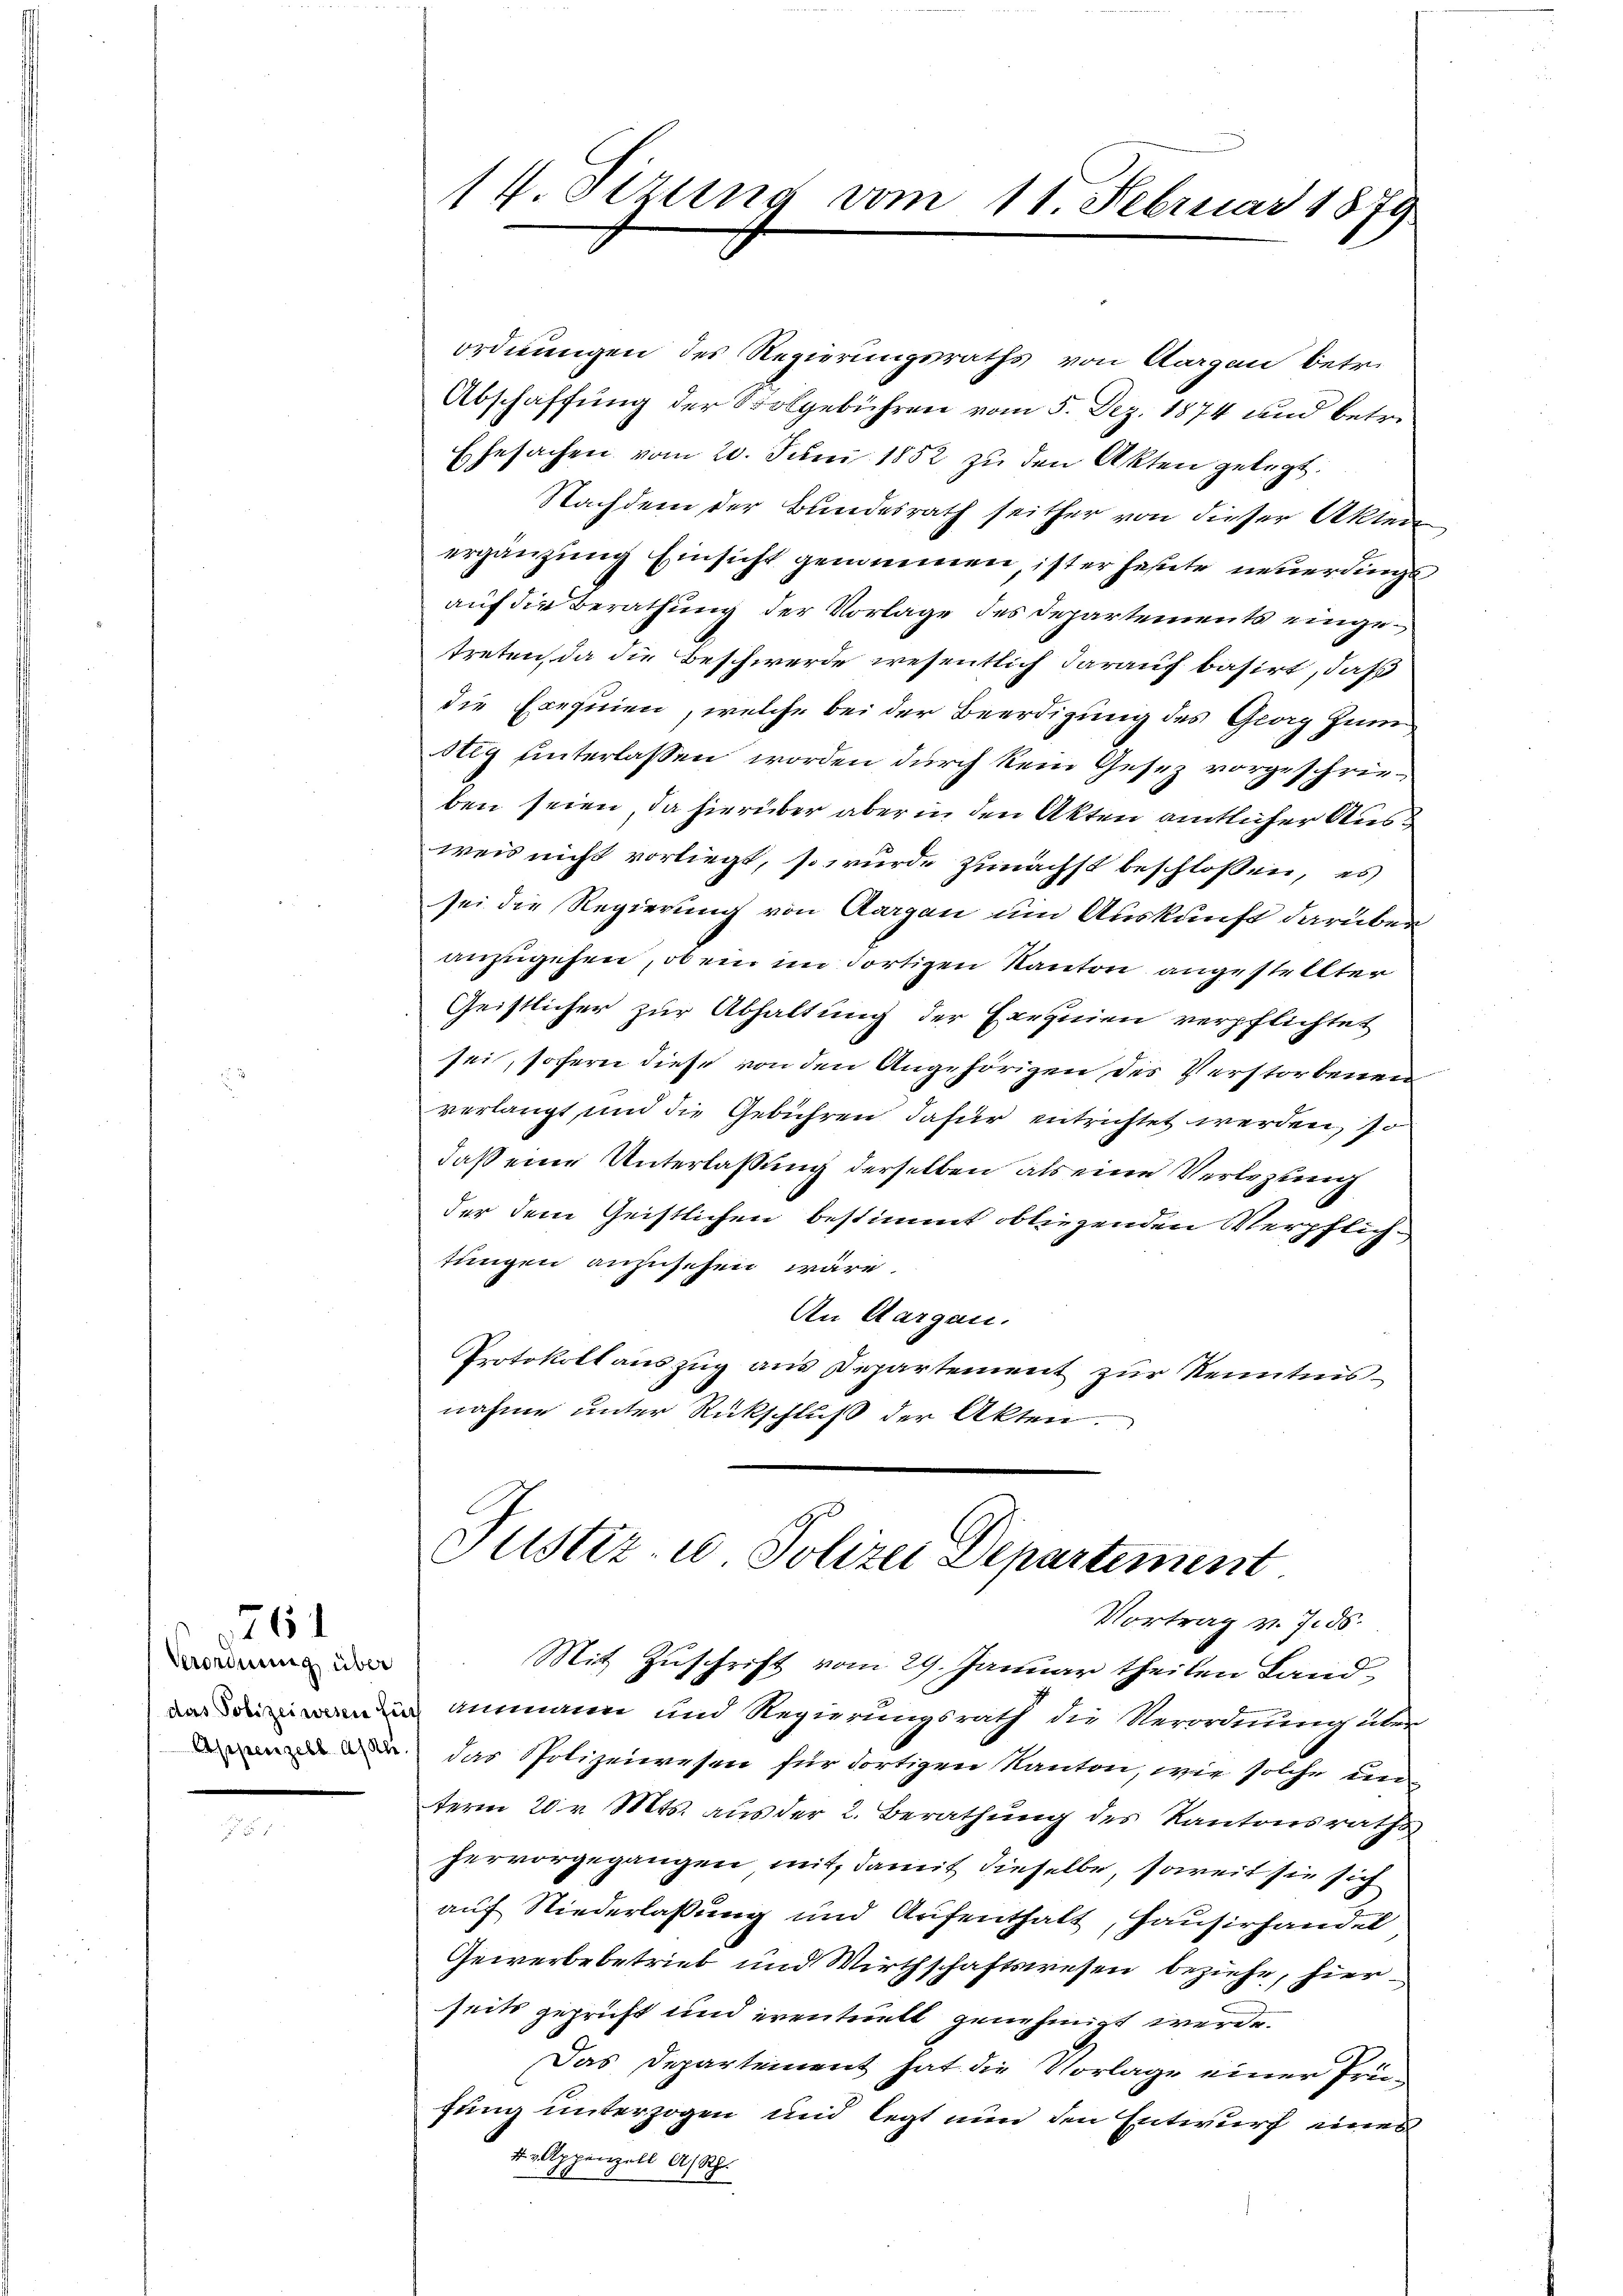
Verordnung über
das Polizeiwesen für
Appenzell A/Rhe

76

14. Sizung vom 11. Februar 1879

ordnungen des Regierungsraths von Aargau betr.
Abschaffung der Solgebühren vom 5. Dez. 1874 und betr.
Ehesachen vom 20. Juni 1852 zu den Akten gelegt.
Nachdem der Bundesrath seither von dieser Akten
ergänzung Einsicht genommen, ist er heute neuerdingt
auf die Berathung der Vorlage des Departements eingetreten, da die Beschwerde wesentlich darauf basirt, daß
die Exequien, welche bei der Beerdigung des Georg zum
Steg unterlassen worden durch kein Gesez vorgeschrieben seien, da hierüber aber in den Akten amtlicher Ausweis nicht vorliegt, so wurde zunächst beschlossen, es
sei die Regierung von Aargau um Auskunft darüber
anzugehen, ob ein im dortigen Kanton angestellter
Geistlicher zur Abhaltung der Exequien verpflichtet
sei, sofern diese von den Angehörigen des Verstorbenen
verlangt und die Gebühren dafür entrichtet werden, so
daß eine Unterlassung derselben als eine Verlegung
der dem Geistlichen bestimmt obliegenden Verpflichtungen anzusehen wäre.
An Aargau.
Protokoll auszug aus Departement zur Kenntnisnahme unter Rückschluß der Akten.

Justiz- u Polizei Departement.
Vortrag v. 7. ds.
Mit Zuschrift vom 29. Januar theilen Land¬

ammann und Regierungsrath die Verordnŭng über
das Spolizeiwesen für dortigen Kanton, wie solche unterm 20 v. Mts. aus der 2. Berathung des Kantonsraths
hervorgegangen mit, damit dieselbe, soweit sie sich
auf Niederlassung und Aufenthalt, Hausirhandel
Gewerbebetrieb und Wirthschaftswesen beziehe, hier
seits geprüft und eventuell genehmigt wurde.
2
Das Departement hat die Vorlage einer früfung unterzogen und legt nun den Entwurf eines
4. Appenzell A/Rh.